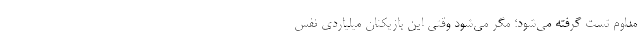
مداوم تست گرفته می‌شود؛ مگر می‌شود وقتی این بازیکنان میلیاردی نفس